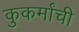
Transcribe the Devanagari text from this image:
कुकर्मांची